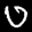
Label: 0